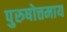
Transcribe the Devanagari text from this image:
पुरुषोत्तमाय